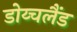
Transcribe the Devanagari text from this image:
डोय्चलैंड